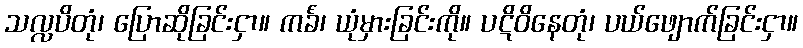
သလ္လပိတုံ၊ ပြောဆိုခြင်းငှာ။ ကင်္ခံ၊ ယုံမှားခြင်းကို။ ပဋိဝိနေတုံ၊ ပယ်ဖျောက်ခြင်းငှာ။